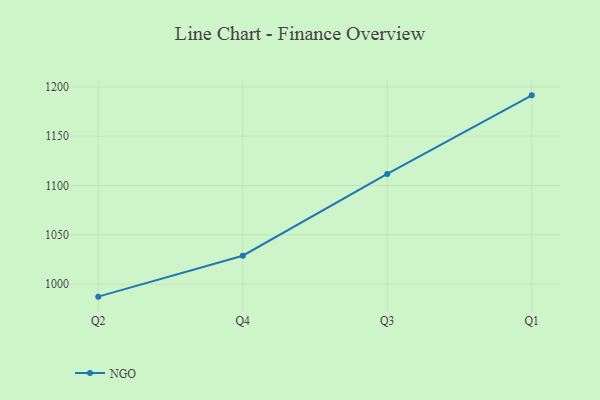
{"axis": {"x": "Quarter", "y": "Population (Million)"}, "legend": ["NGO"], "data": [{"x": "Q2", "y": 987.3, "type": "NGO"}, {"x": "Q4", "y": 1028.8, "type": "NGO"}, {"x": "Q3", "y": 1111.8, "type": "NGO"}, {"x": "Q1", "y": 1191.5, "type": "NGO"}]}